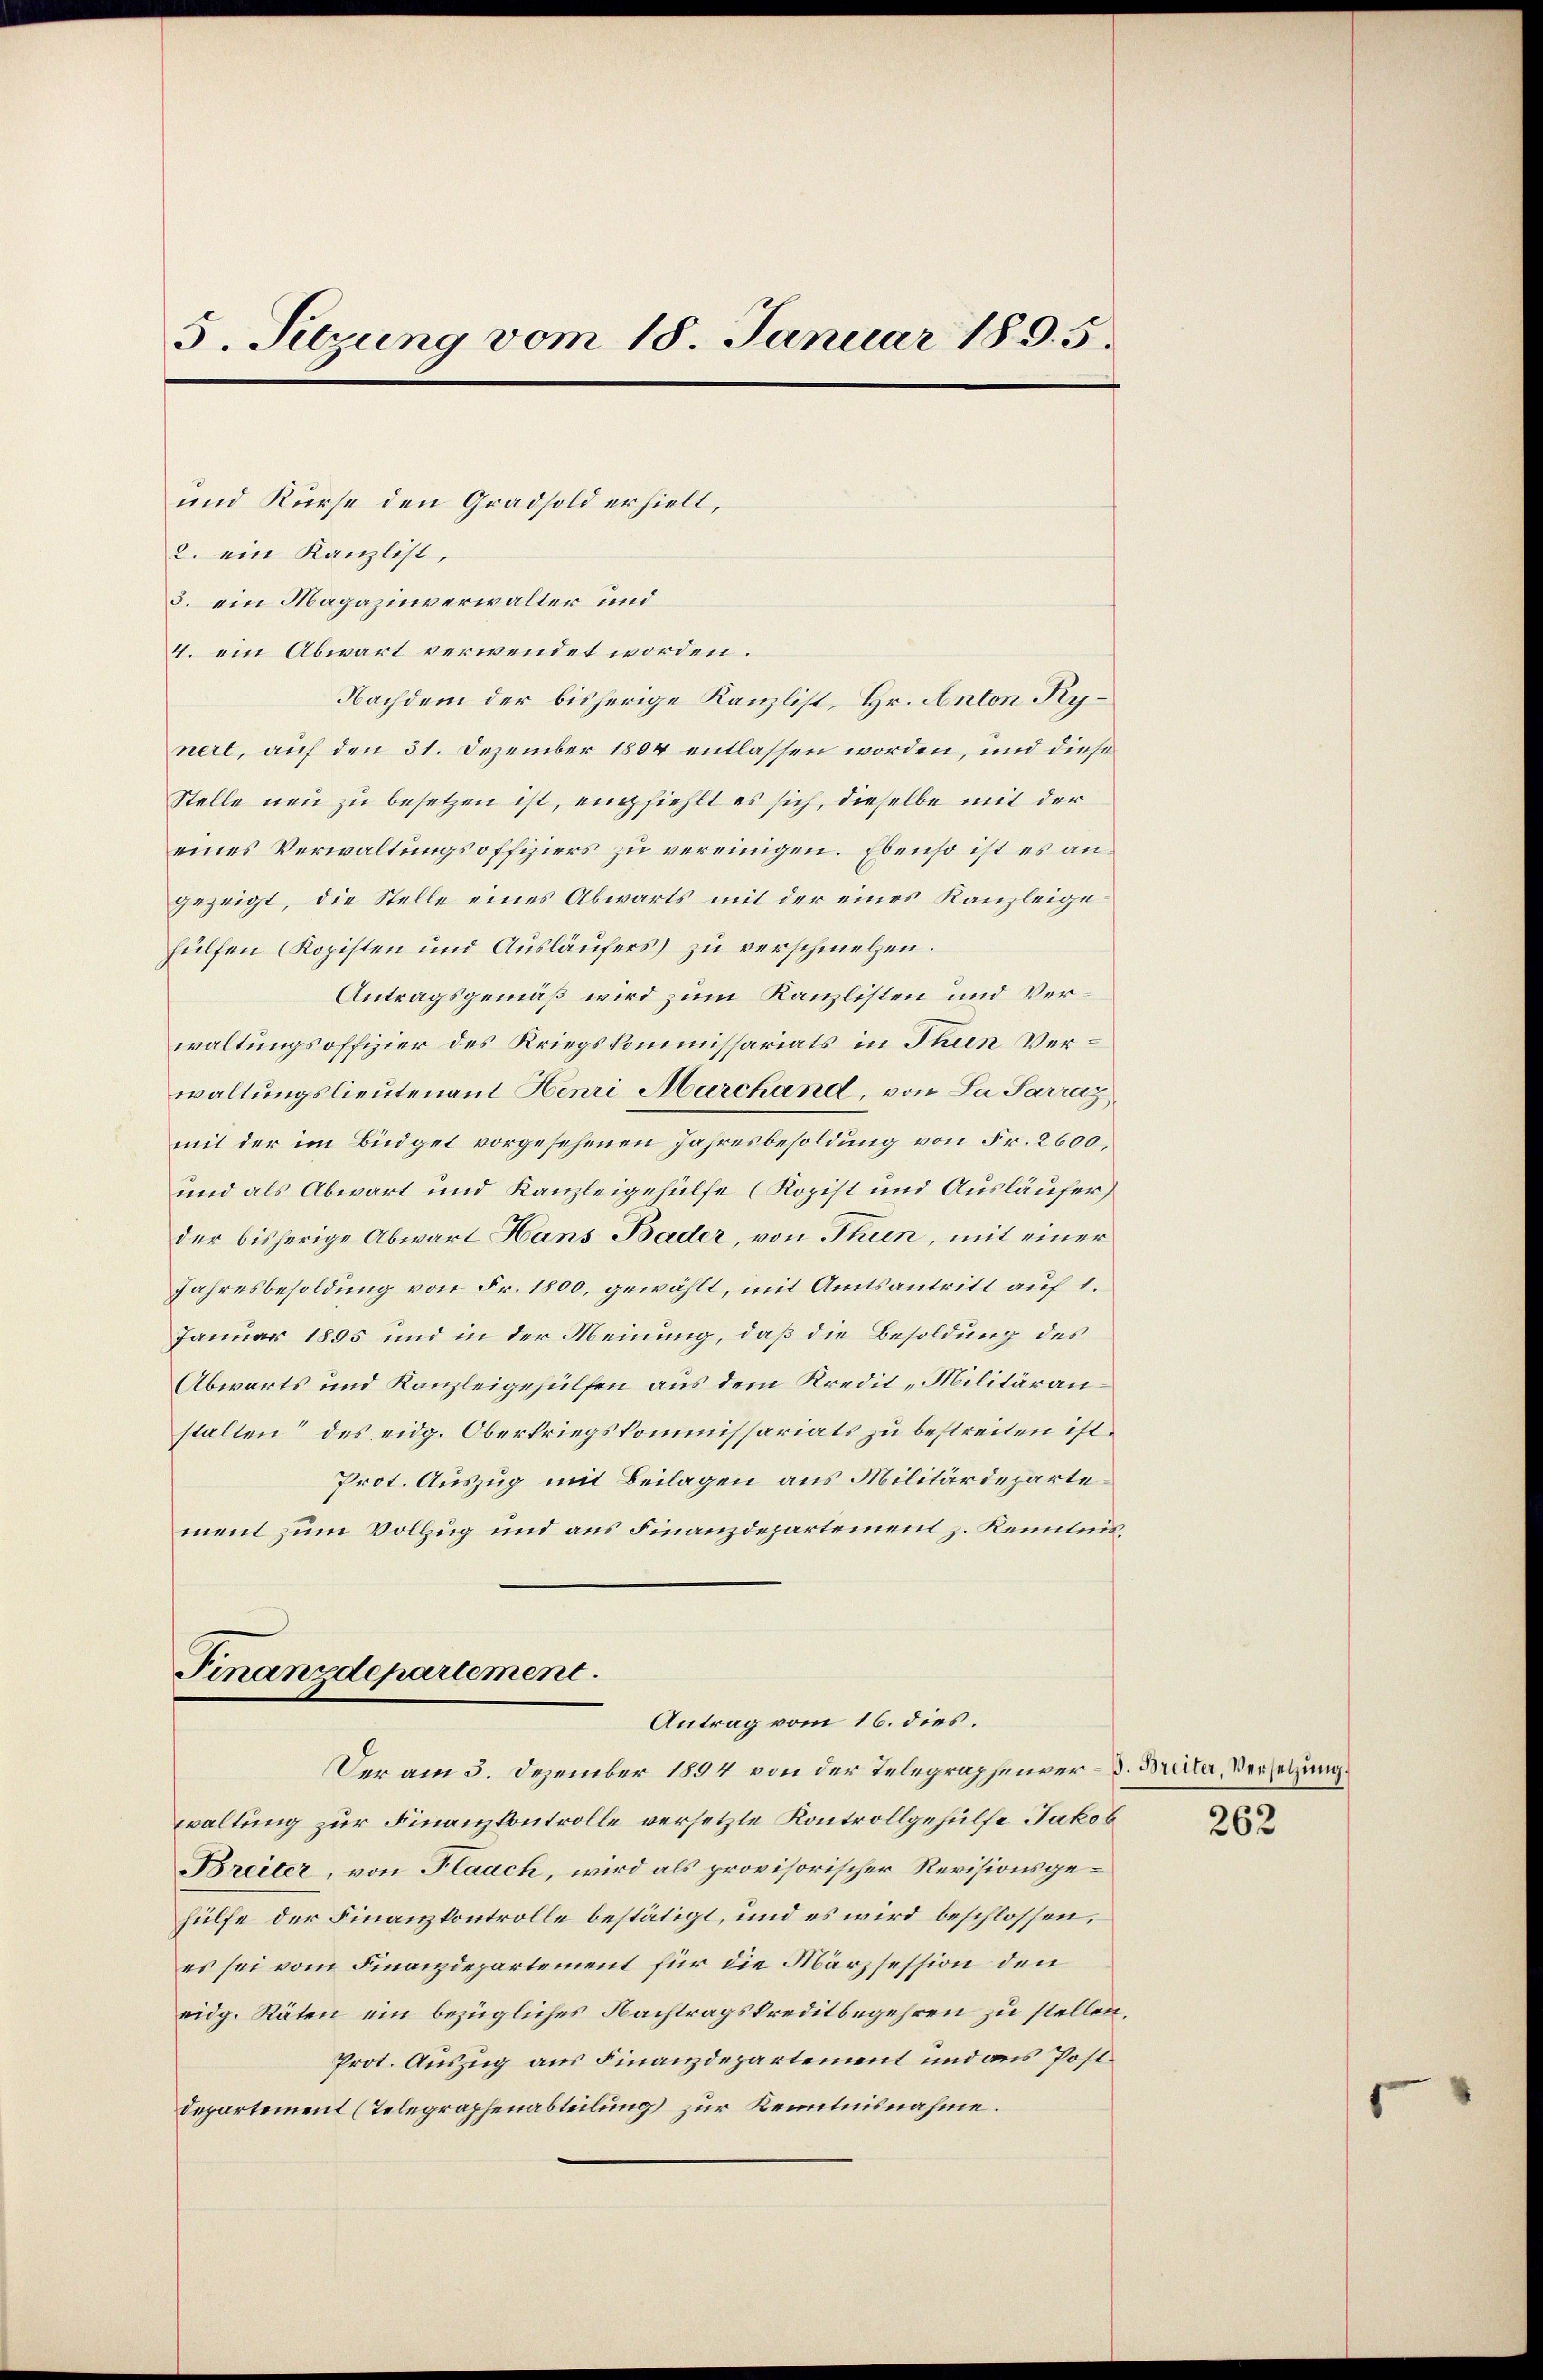
5. Sitzung vom 18. Januar 1895.

und Kurse den Gradsold erhielt,
2. ein Kanzlist,
3. ein Magazinverwalter und
4. ein Abwart verwendet worden.
Nachdem der bisherige Kanzlist, Hr. Anton Kynert, auf den 31. Dezember 1804 entlassen worden, und diese
Stelle neu zu besetzen ist, empfiehlt es sich, dieselbe mit der
eines Verwaltungsoffiziers zu vereinigen. Ebenso ist es angezeigt, die Stelle eines Abwärts mit der eines Kanzleigefülfen (Kopisten und Ausläufers) zu verschmelzen.
Antragsgemäß wird zum Kanzlisten und Verwaltungsoffizier des Kriegskommissariats in Thun Verwaltungslieutenant Henri Marchand, von La Parrag
mit der im Büdget vorgesehenen Jahresbesoldung von Fr. 2600,
und als Abwart und Kanzleigehülfe (Ropist und Ausläufer
der bisherige Abwart Hans Bader, von Thun, mit einer
Jahresbesoldung von Fr. 1800, gewählt, mit Amtsantritt auf 1.
Januar 1895 und in der Meinung, daß die Besoldung des
Abwarts und Kanzleigehülfen aus dem Kredit "Militäraustalten“ des eidg. Oberkriegskommissariats zu bestreiten ist.
Prot. Auszug mit Beilagen aus Militärdepartement zum Vollzug und aus Finanzdepartement z. Kenntnis¬

Finanzdepartement
Antrag vom 16. dies

waltung zur Finanzkontrolle versetzte Kontrollgehülfe Jakob
Breiter, von Flaach, wird als provisorischer Revisionsgehülfe der Finanzkontrolle bestätigt, und es wird beschlossen,
es sei vom Finanzdepartement für die Märzsession den
eidg. Räten ein bezügliches Nachtragskreditbegehren zu stellen,
Prot. Auszug aus Finanzdepartement und aus Postdepartement (Telegraphenabteilung zur Kenntnisnahme.

Der am 3. Dezember 1894 von der Telegraphenver- d. Breiter, Versetzung

262